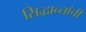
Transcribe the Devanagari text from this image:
सिद्धान्तांची